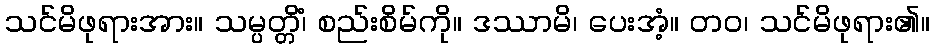
သင်မိဖုရားအား။ သမ္ပတ္တိံ၊ စည်းစိမ်ကို။ ဒဿာမိ၊ ပေးအံ့။ တဝ၊ သင်မိဖုရား၏။